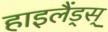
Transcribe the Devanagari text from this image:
हाइलैंड्स्